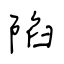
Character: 陷